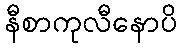
နီစာကုလီနောပိ